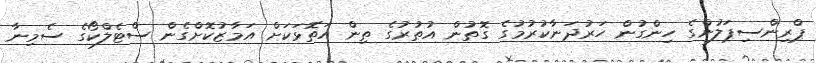
ޕްރިންސިޕަލުންގެ ހިންގުން ހަރުދަނާކުރުމުގެ ގޮތުން އުތުރުގެ ތިން އަތޮޅަކަށް އަމާޒުކޮށްގެން ސްޓެލްކޯގެ ސެމިނާ